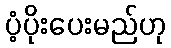
ပံ့ပိုးပေးမည်ဟု